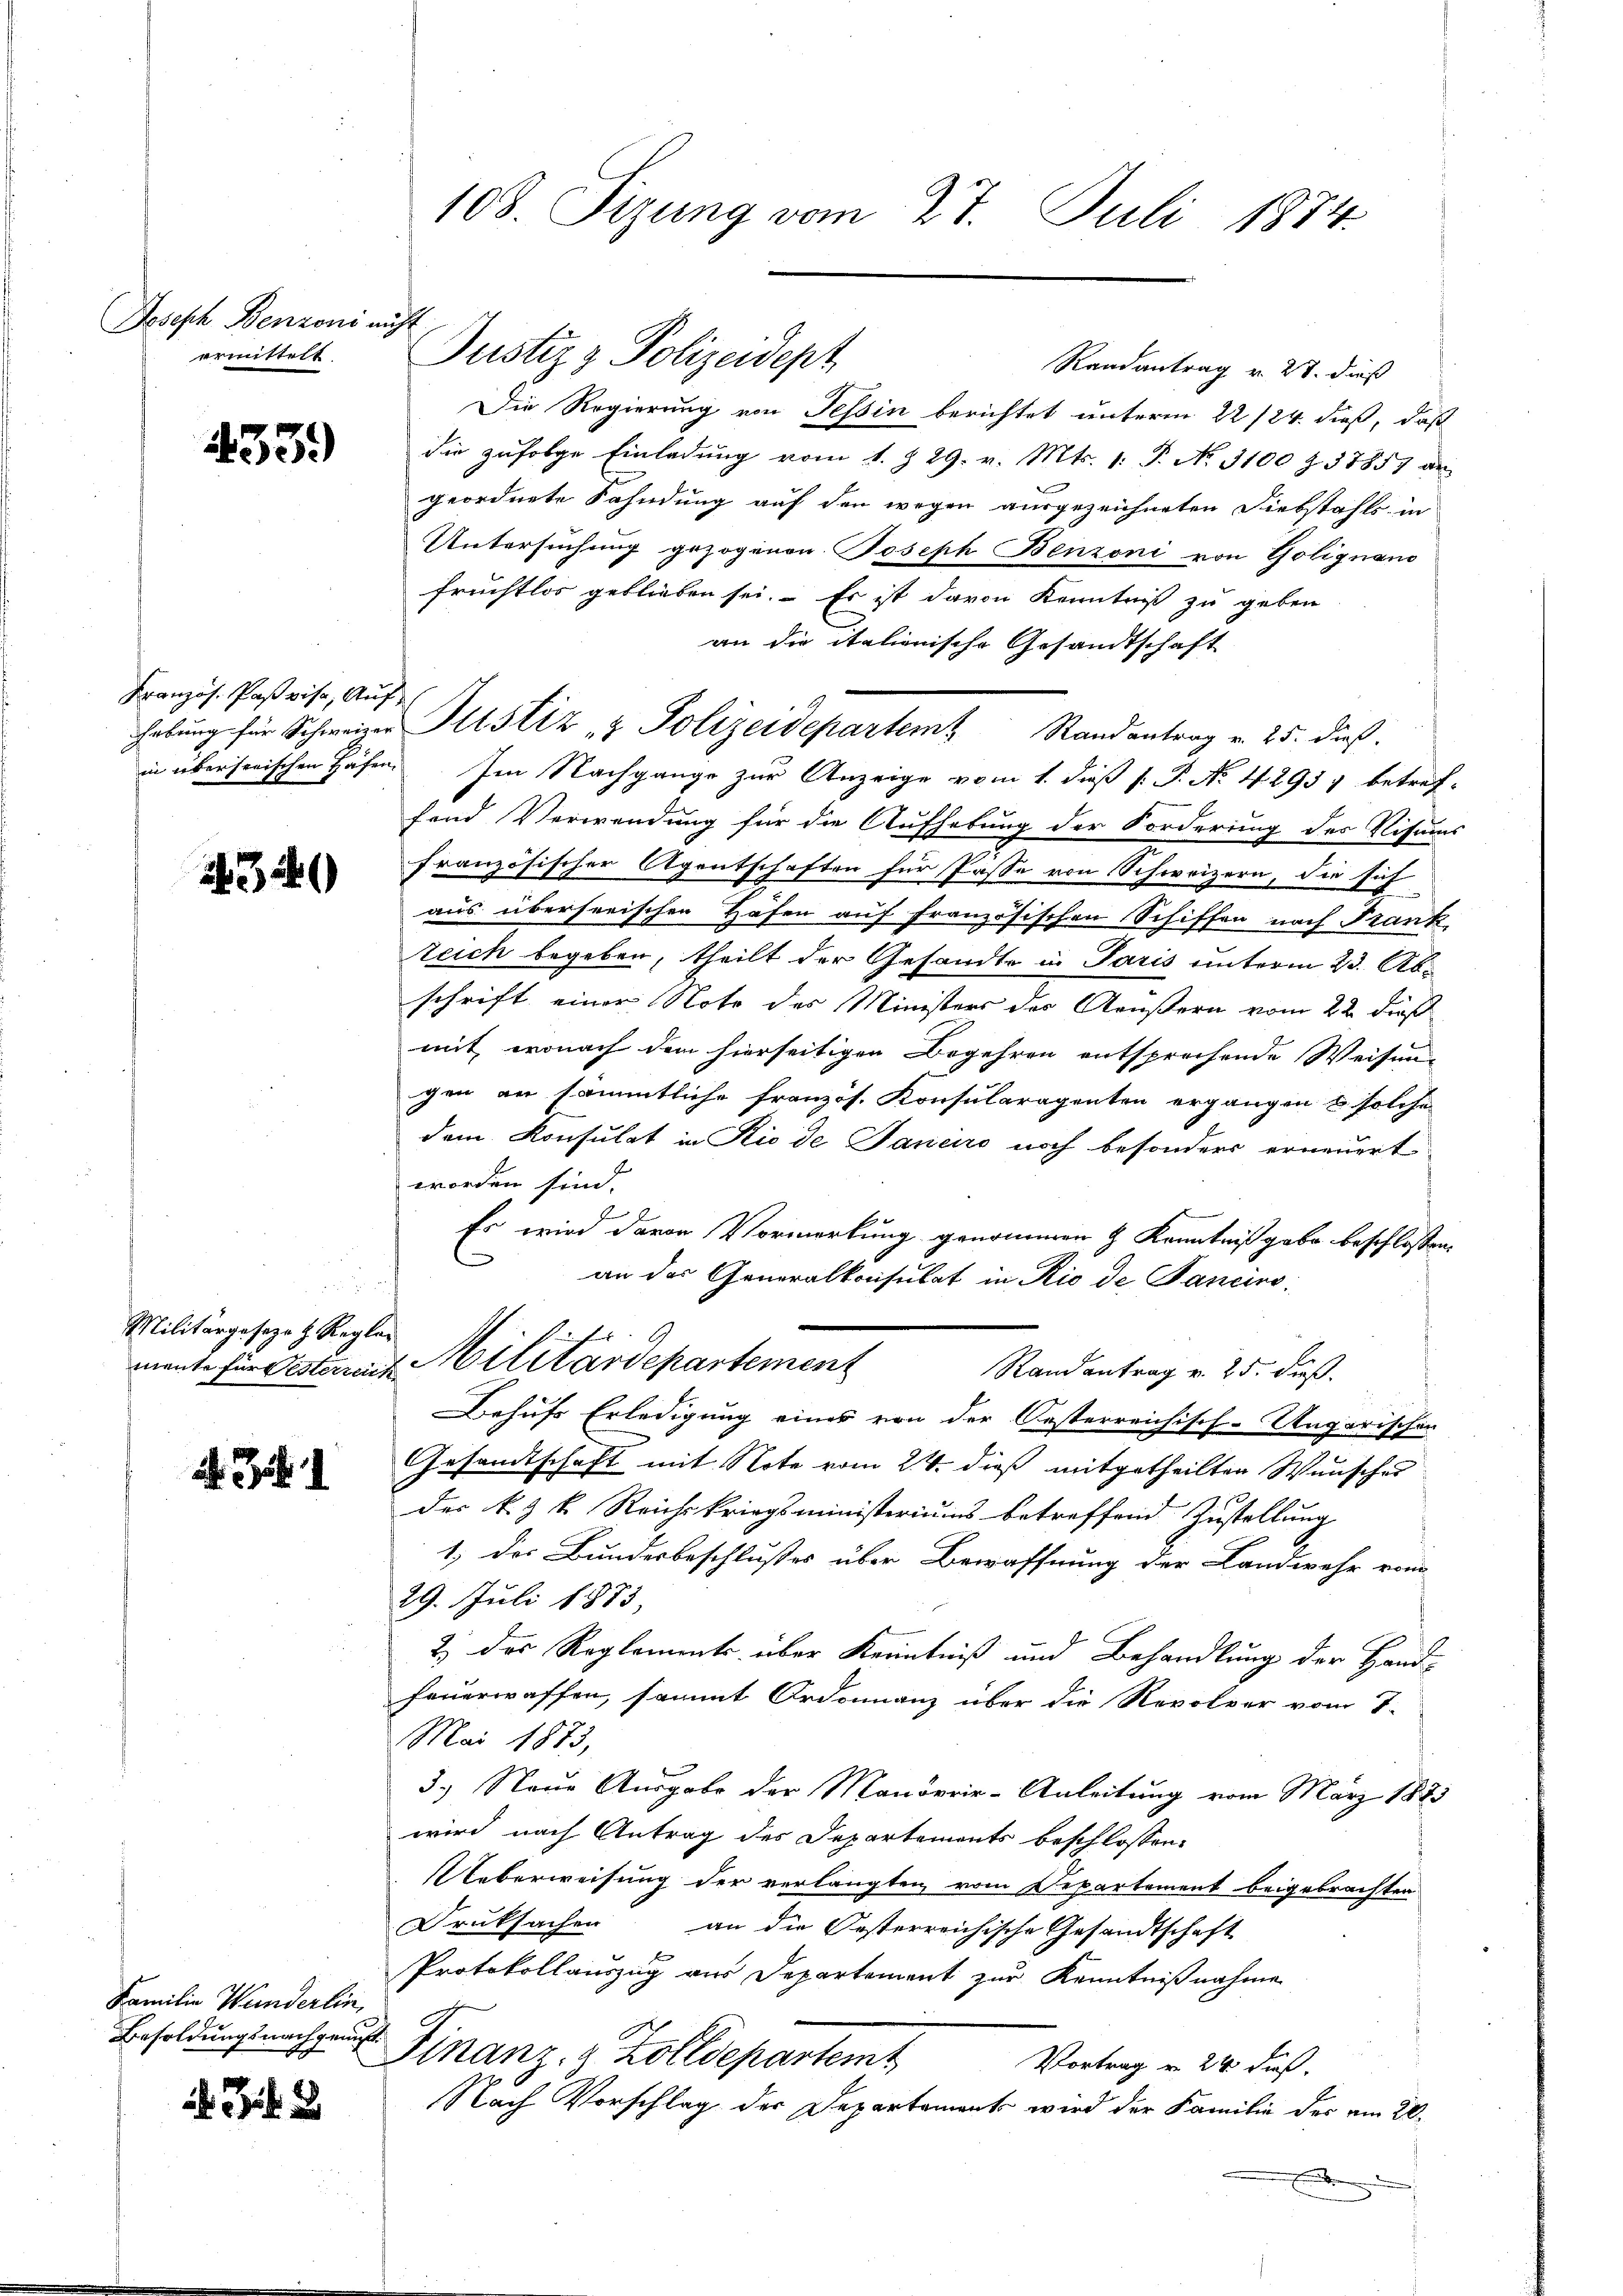
Joseph Benzoni nicht
ermittelt.

433.)

Kranzös. Parise, Auf

234

Militärgeseze H. Regler

d. Js.

Familie Wunderlin
Besoldungsnachgenuß

8

108. Sizung vom 27. Juli 1874.

Justiz & Polizeidept

Randantrag v. 28. dieß
Die Regierung von Tessin berichtet unterm 22/24. dieß, daß
die zufolge Einladung vom 1. § 29. v. Mts. 1. P. No 1100 Z. 37857 an
geordnete Sahndung auf den wegen ausgezeichneten Diebstahls, in
Untersuchung gezogenen Joseph Benzoni von Golignano
fruchtlos geblieben sei. Es ist davon Kenntniß zu geben
an die italienische Gesandtschaft
in übersorischen Häfen. Im Nachgange zur Anzeige vom 1. dieß [ P. No. 42957 betref-
fend Verwendung für die Aufhebung der Forderung des Visums
französischer Agentschaften für Pässe von Schweizern, die sich
aus überherischen Hafen auf französischen Schiffen nach Frank,
teich begeben, theilt der Gesandte in Paris unterm 23. Abschrift einer Note des Ministers der Aeußern vom 22. dieß
mit, wonach dem hierseitigen Begehren entsprechende Weisung
gen an sämmtliche französ. Konsularagenten ergangen & solche
dem Konsulat in Rio de Janeiro noch besonders erneuert
worden sind.
Es wird davon Vormerkung genommen & Kenntniß gabe beschlossen,
an das Generalkonsulat in Rio de Pancinsmante für Bestermit Militärdepartement
Randantrag v. 25. dieß.
Behufs Erledigung eines von der Oesterreichisch-Ungarischer
Gesandtschaft mit Note vom 24. dieß mitgetheilten Wunschen
des k. k. Reichskriegsministeriums betreffend Zustellung
1; das Bundesbeschlußes über Bewaffnung der Landwehr vom
29. Juli 1873.
2) das Reglements über Kenntniß und Behandlung der Hand-
feuerwaffen, sammt Ordinanz über die Revolver vom T.
Mai 1873,
3.) Neue Ausgabe der Manövrie-Anleitung vom März 1883
wird nach Antrag des Departements beschlossen:
Ueberweisung der verlangten vom Departement beigebrachten
Druksachen an die Oesterreichische Gesandtschaft
Protokollauszug vor Departement zur Kenntnißnahme
Finanz- & Zolldepartemt
Vortrag v. 24 Fuß.
Nach Vorschlag der Departament wird der Familie des am 20.

habŭng für Schweizer Altstiz & Polizeidepartem Randantrag v. 25. dieß.